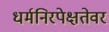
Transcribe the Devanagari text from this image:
धर्मनिरपेक्षतेवर